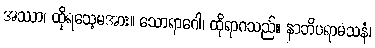
အဿာ၊ ထိုရသေ့မအား။ သောရာဂေါ၊ ထိုရာဂသည်။ နာဘိပရာမသနံ၊